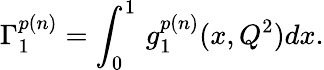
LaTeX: \Gamma_{1}^{p(n)}=\int_{0}^{1}\, g_{1}^{p(n)}(x,Q^{2})dx.